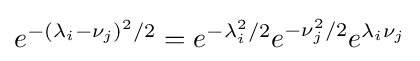
{\textstyle e^{-\left(\lambda _{i}-\nu _{j}\right)^{2}/2}=e^{-\lambda _{i}^{2}/2}e^{-\nu _{j}^{2}/2}e^{\lambda _{i}\nu _{j}}}